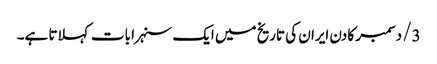
3/ دسمبر کا دن ایران کی تاریخ میں ایک سنہرا بات کہلاتا ہے۔